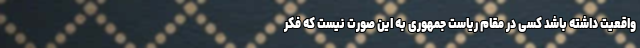
واقعیت داشته باشد کسی در مقام ریاست جمهوری به این صورت نیست که فکر